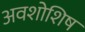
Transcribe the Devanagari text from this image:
अवशोशिष